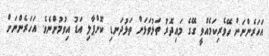
އަހަރެންނަށް ހޭވެރިކަމެއްވީ ގޭގެ މައިދޮރު ތަޅުވަޅަށް ތަޅުދަނޑި ކޮށްޕާލި އަޑު އިވުމުންނެވެ. އަހަރެންނަށް